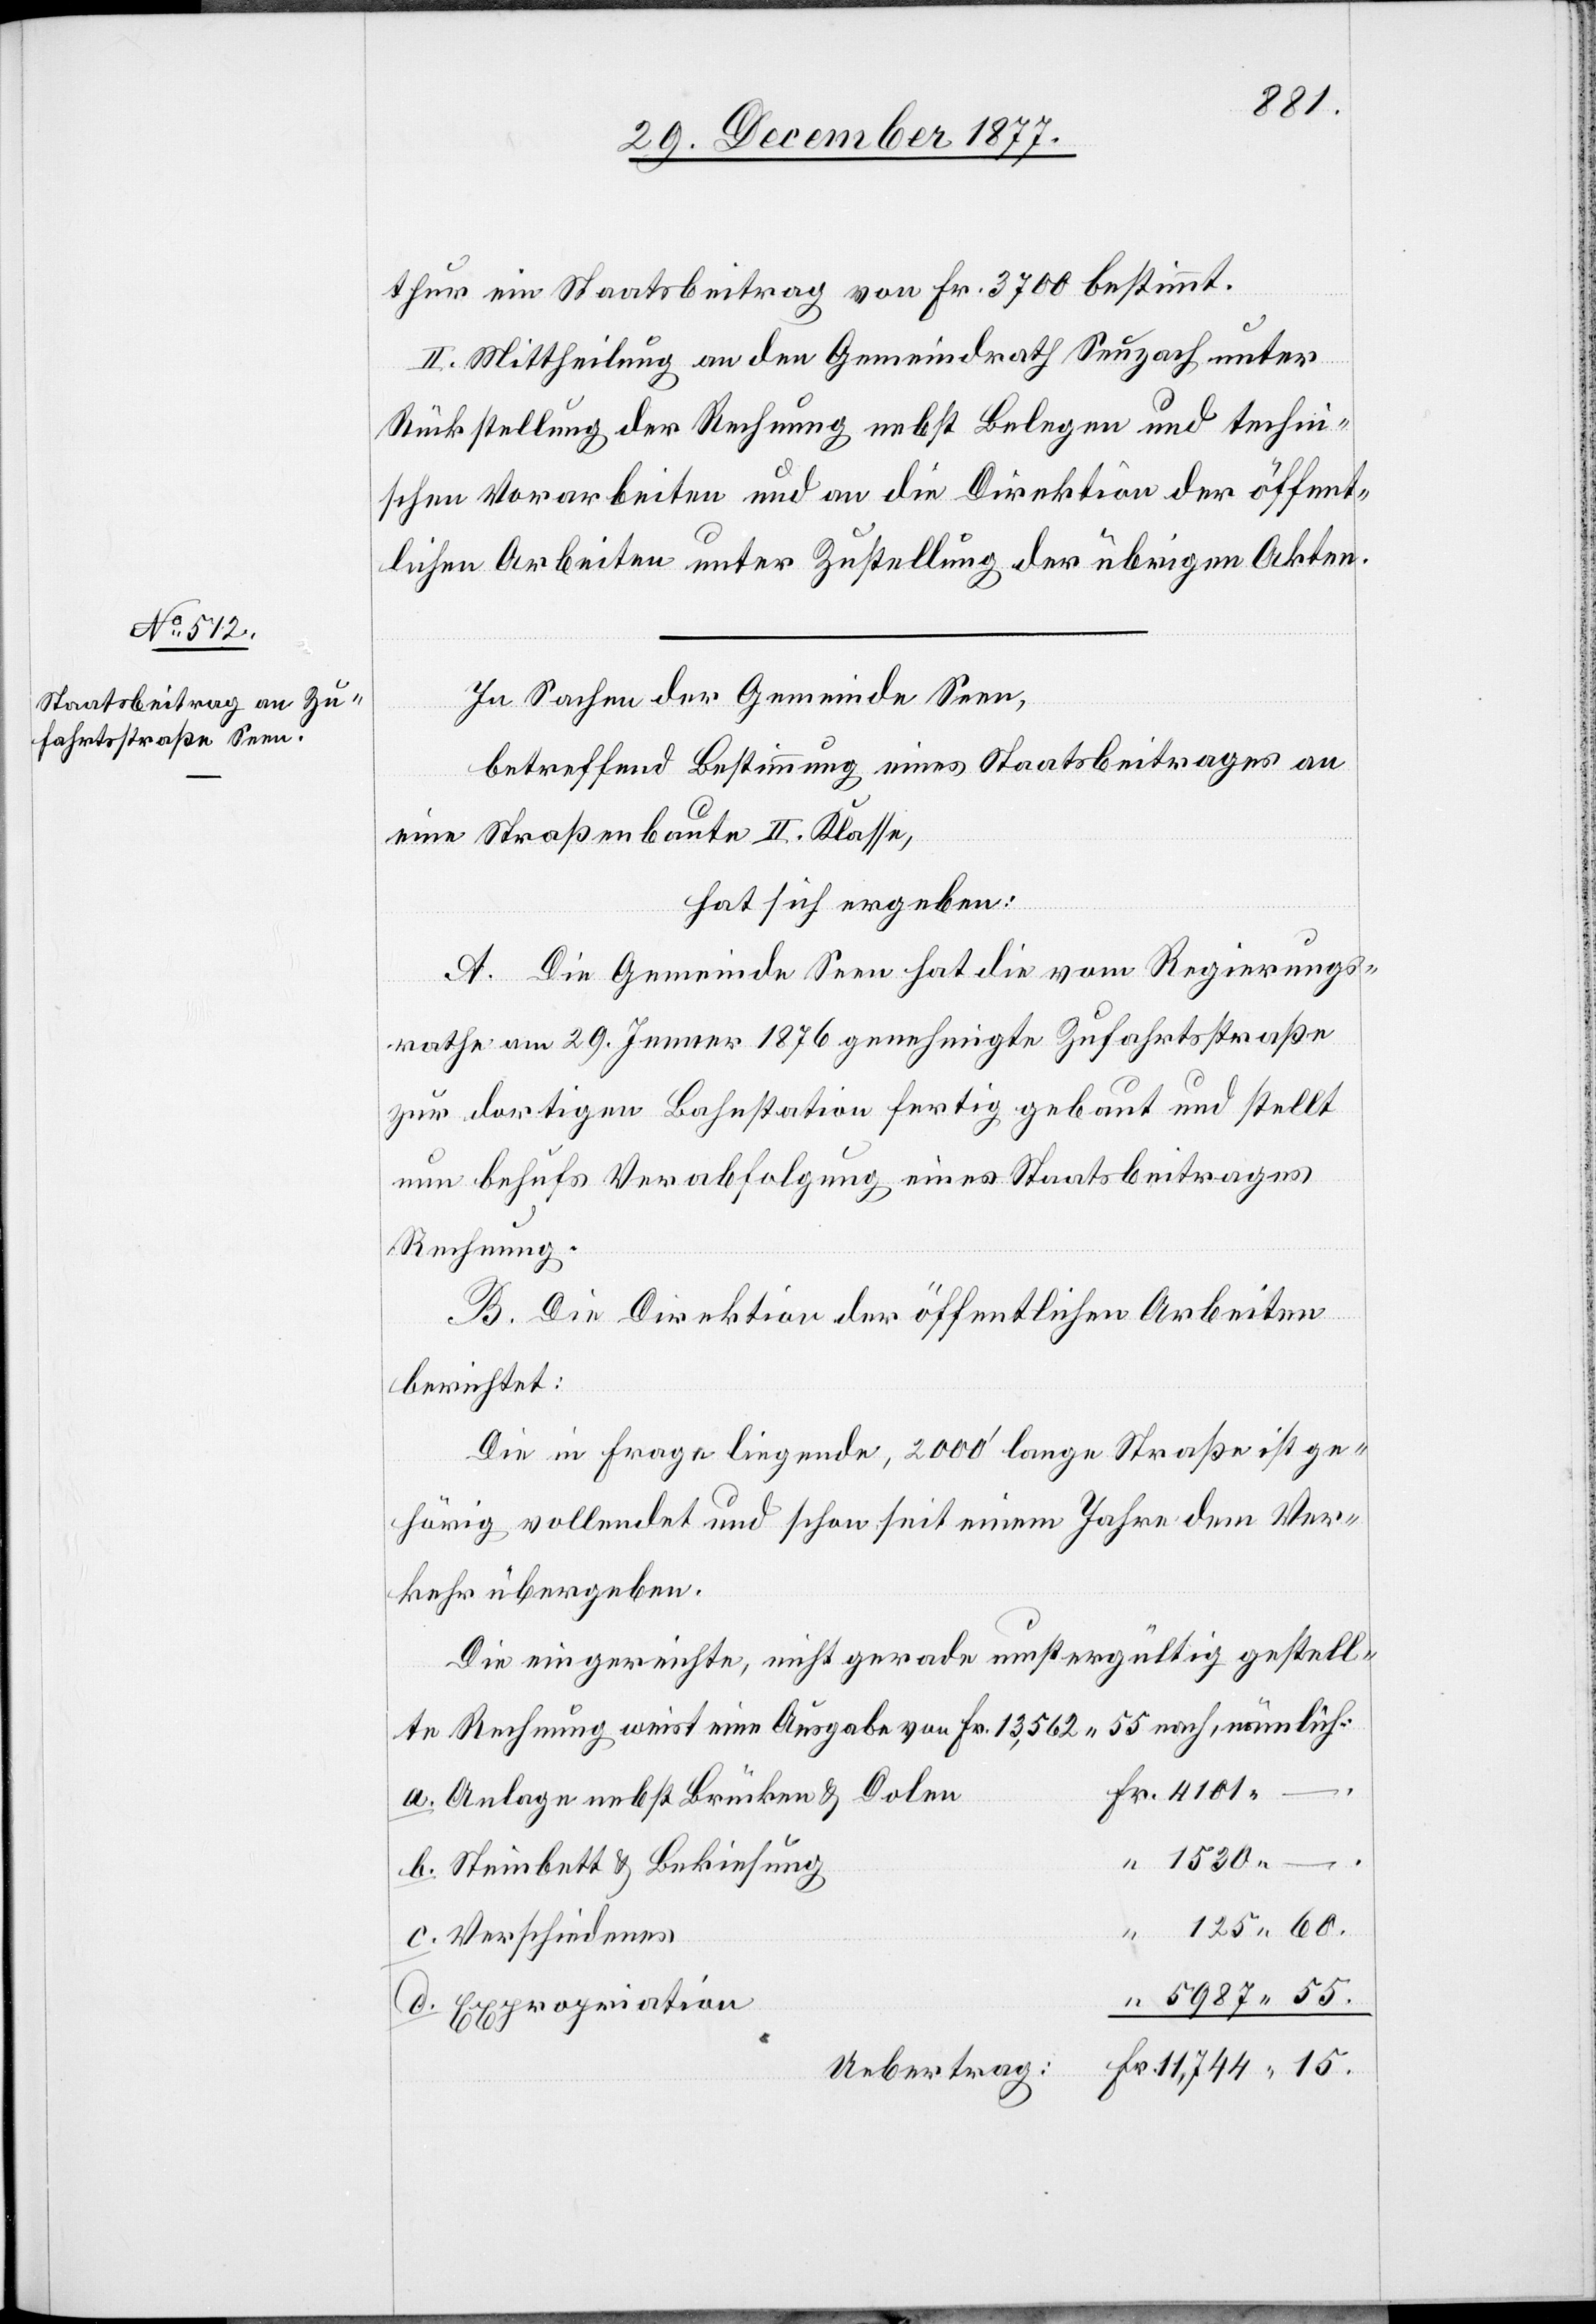
thur ein Staatsbeitrag von Fr. 3700 bestimmt.
II. Mittheilung an den Gemeindrath Seuzach unter
Rückstellung der Rechnung nebst Belegen und techni¬
schen Vorarbeiten und an die Direktion der öffent¬
lichen Arbeiten unter Zustellung der übrigen Akten.
In Sachen der Gemeinde Seen,
betreffend Bestimmung eines Staatsbeitrages an
eine Straßenbaute II. Klasse,
hat sich ergeben:
A. Die Gemeinde Seen hat die vom Regierungs¬
rathe am 29. Jenner 1876 genehmigte Zufahrtsstraße
zur dortigen Bahnstation fertig gebaut und stellt
nun behufs Verabfolgung eines Staatsbeitrages
Rechnung.
B. Die Direktion der öffentlichen Arbeiten
berichtet:
Die in Frage liegende, 2000‘ lange Straße ist ge¬
hörig vollendet und schon seit einem Jahre dem Ver¬
kehr übergeben.
Die eingereichte, nicht gerade mustergültig gestell¬
te Rechnung weist eine Ausgabe von Fr. 13,562 55 nach, nämlich:
a.
Fr. 4101 –
Anlage nebst Brücken & Dolen
“ 1530 –
d.
Steinbett & Bekiesung
“ 125 60.
Verschiedenes
“ 5987 55.
Expropriation